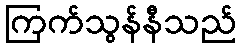
ကြက်သွန်နီသည်